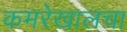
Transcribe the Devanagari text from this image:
कमरेखालचा